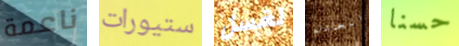
ناعمة ستيورات لغسل العادل حسنا